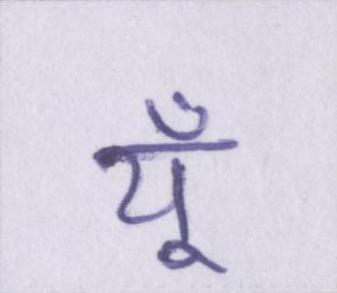
यूँ